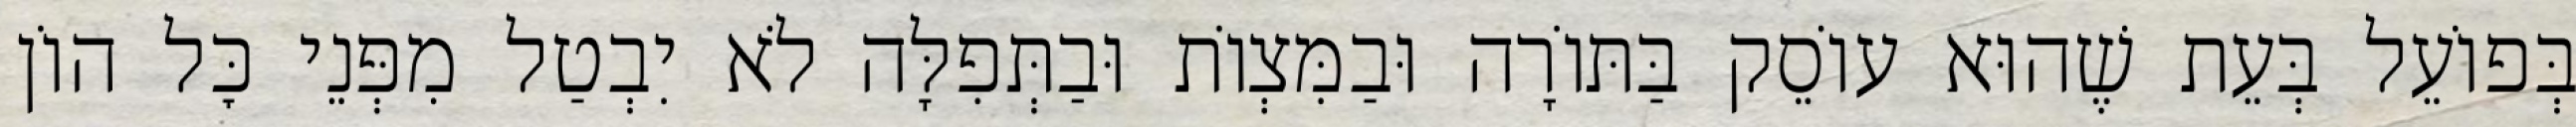
בְּפוֹעֵל בְּעֵת שֶׁהוּא עוֹסֵק בַּתּוֹרָה וּבַמִּצְוֹת וּבַתְּפִלָּה לֹא יִבְטַל מִפְּנֵי כׇּל הוֹן